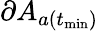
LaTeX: \partial A_{a(t_{\operatorname*{min}})}